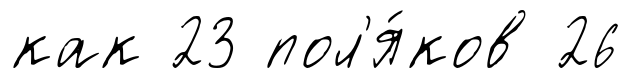
как 23 пол'я́ков 26